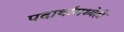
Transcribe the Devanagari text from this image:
पदार्थांमध्येही